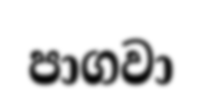
පාගවා